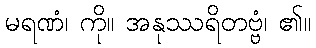
မရဏံ၊ ကို။ အနုဿရိတဗ္ဗံ၊ ၏။